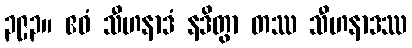
၃၉၃။ ဧဝံ သီဟနာဒံ နဒိတွာ တဿ သီဟနာဒဿ